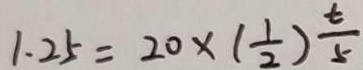
1 . 2 5 = 2 0 \times ( \frac { 1 } { 2 } ) \frac { t } { 5 }